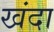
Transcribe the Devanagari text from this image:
खंदा